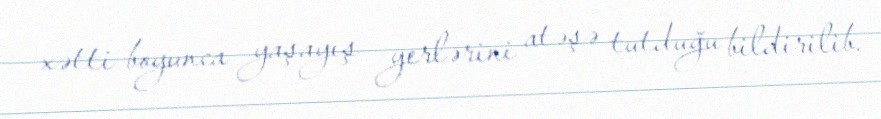
xətti boyunca yaşayış yerlərini atəşə tutduğu bildirilib.